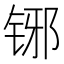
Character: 铘